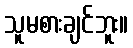
သူမစားချင်ဘူး။